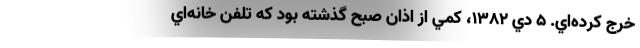
خرج كرده‌اي. 5 دي 1382، كمي از اذان صبح گذشته بود كه تلفن خانه‌اي